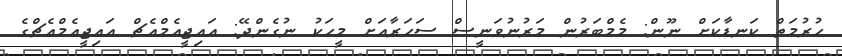
ހުރުމަތް ކަނޑާކަށް ނޫން: މެމްބަރުން މަރުނުވަނީސް ސަހަރާއަށް މީހަކު ނުގެންދޭ: އައިޖީއެމްއެޗް އައިޖީއެމްއެޗްގެ